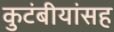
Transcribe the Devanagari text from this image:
कुटंबीयांसह